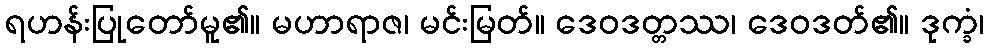
ရဟန်းပြုတော်မူ၏။ မဟာရာဇ၊ မင်းမြတ်။ ဒေဝဒတ္တဿ၊ ဒေဝဒတ်၏။ ဒုက္ခံ၊